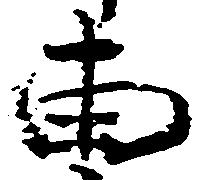
両